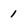
Character: 1